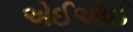
એઈઓઈ